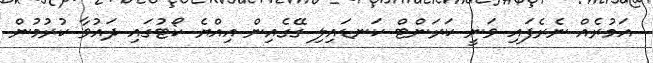
އަމުރެއް ނެރެފައި ވަނީ ކަރަންޓް ކަނޑައިލި ގޭގެއިން އިއްޔެ ކޯޓުގައި ދައުވާ ކުރުމުން